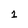
Character: 1